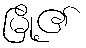
မြို့၏